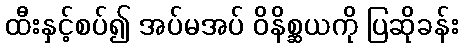
ထီးနှင့်စပ်၍ အပ်မအပ် ဝိနိစ္ဆယကို ပြဆိုခန်း